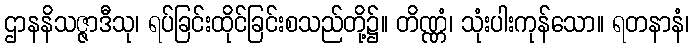
ဌာနနိသဇ္ဇာဒီသု၊ ရပ်ခြင်းထိုင်ခြင်းစသည်တို့၌။ တိဏ္ဏံ၊ သုံးပါးကုန်သော။ ရတနာနံ၊